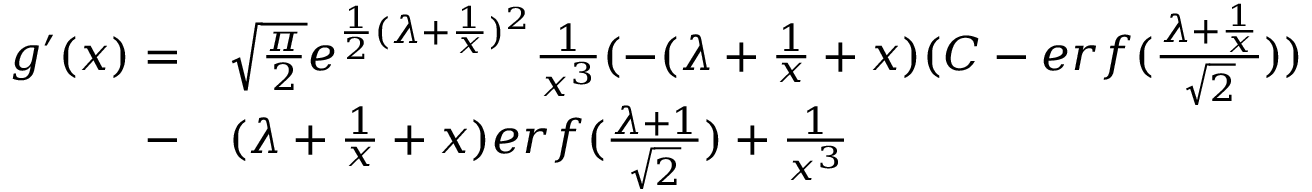
\begin{array} { r l } { g ^ { \prime } ( x ) = } & { \sqrt { \frac { \pi } { 2 } } e ^ { \frac { 1 } { 2 } ( \lambda + \frac { 1 } { x } ) ^ { 2 } } \frac { 1 } { x ^ { 3 } } ( - ( \lambda + \frac { 1 } { x } + x ) ( C - e r f ( \frac { \lambda + \frac { 1 } { x } } { \sqrt { 2 } } ) ) } \\ { - } & { ( \lambda + \frac { 1 } { x } + x ) e r f ( \frac { \lambda + 1 } { \sqrt { 2 } } ) + \frac { 1 } { x ^ { 3 } } } \end{array}